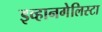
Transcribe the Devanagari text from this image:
इव्हानगेलिस्टा